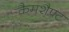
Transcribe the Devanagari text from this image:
कैमशैफ़्ट